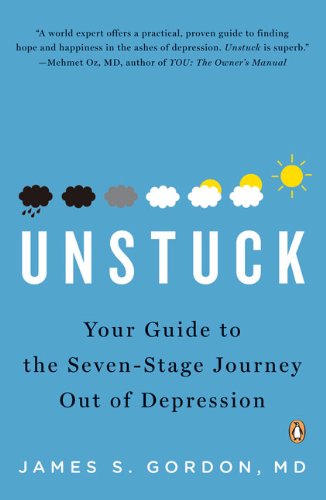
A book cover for Unstuck: Your Guide to the Seven-Stage Journey Out of Depression; James S. Gordon M.D.; Health, Fitness & Dieting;